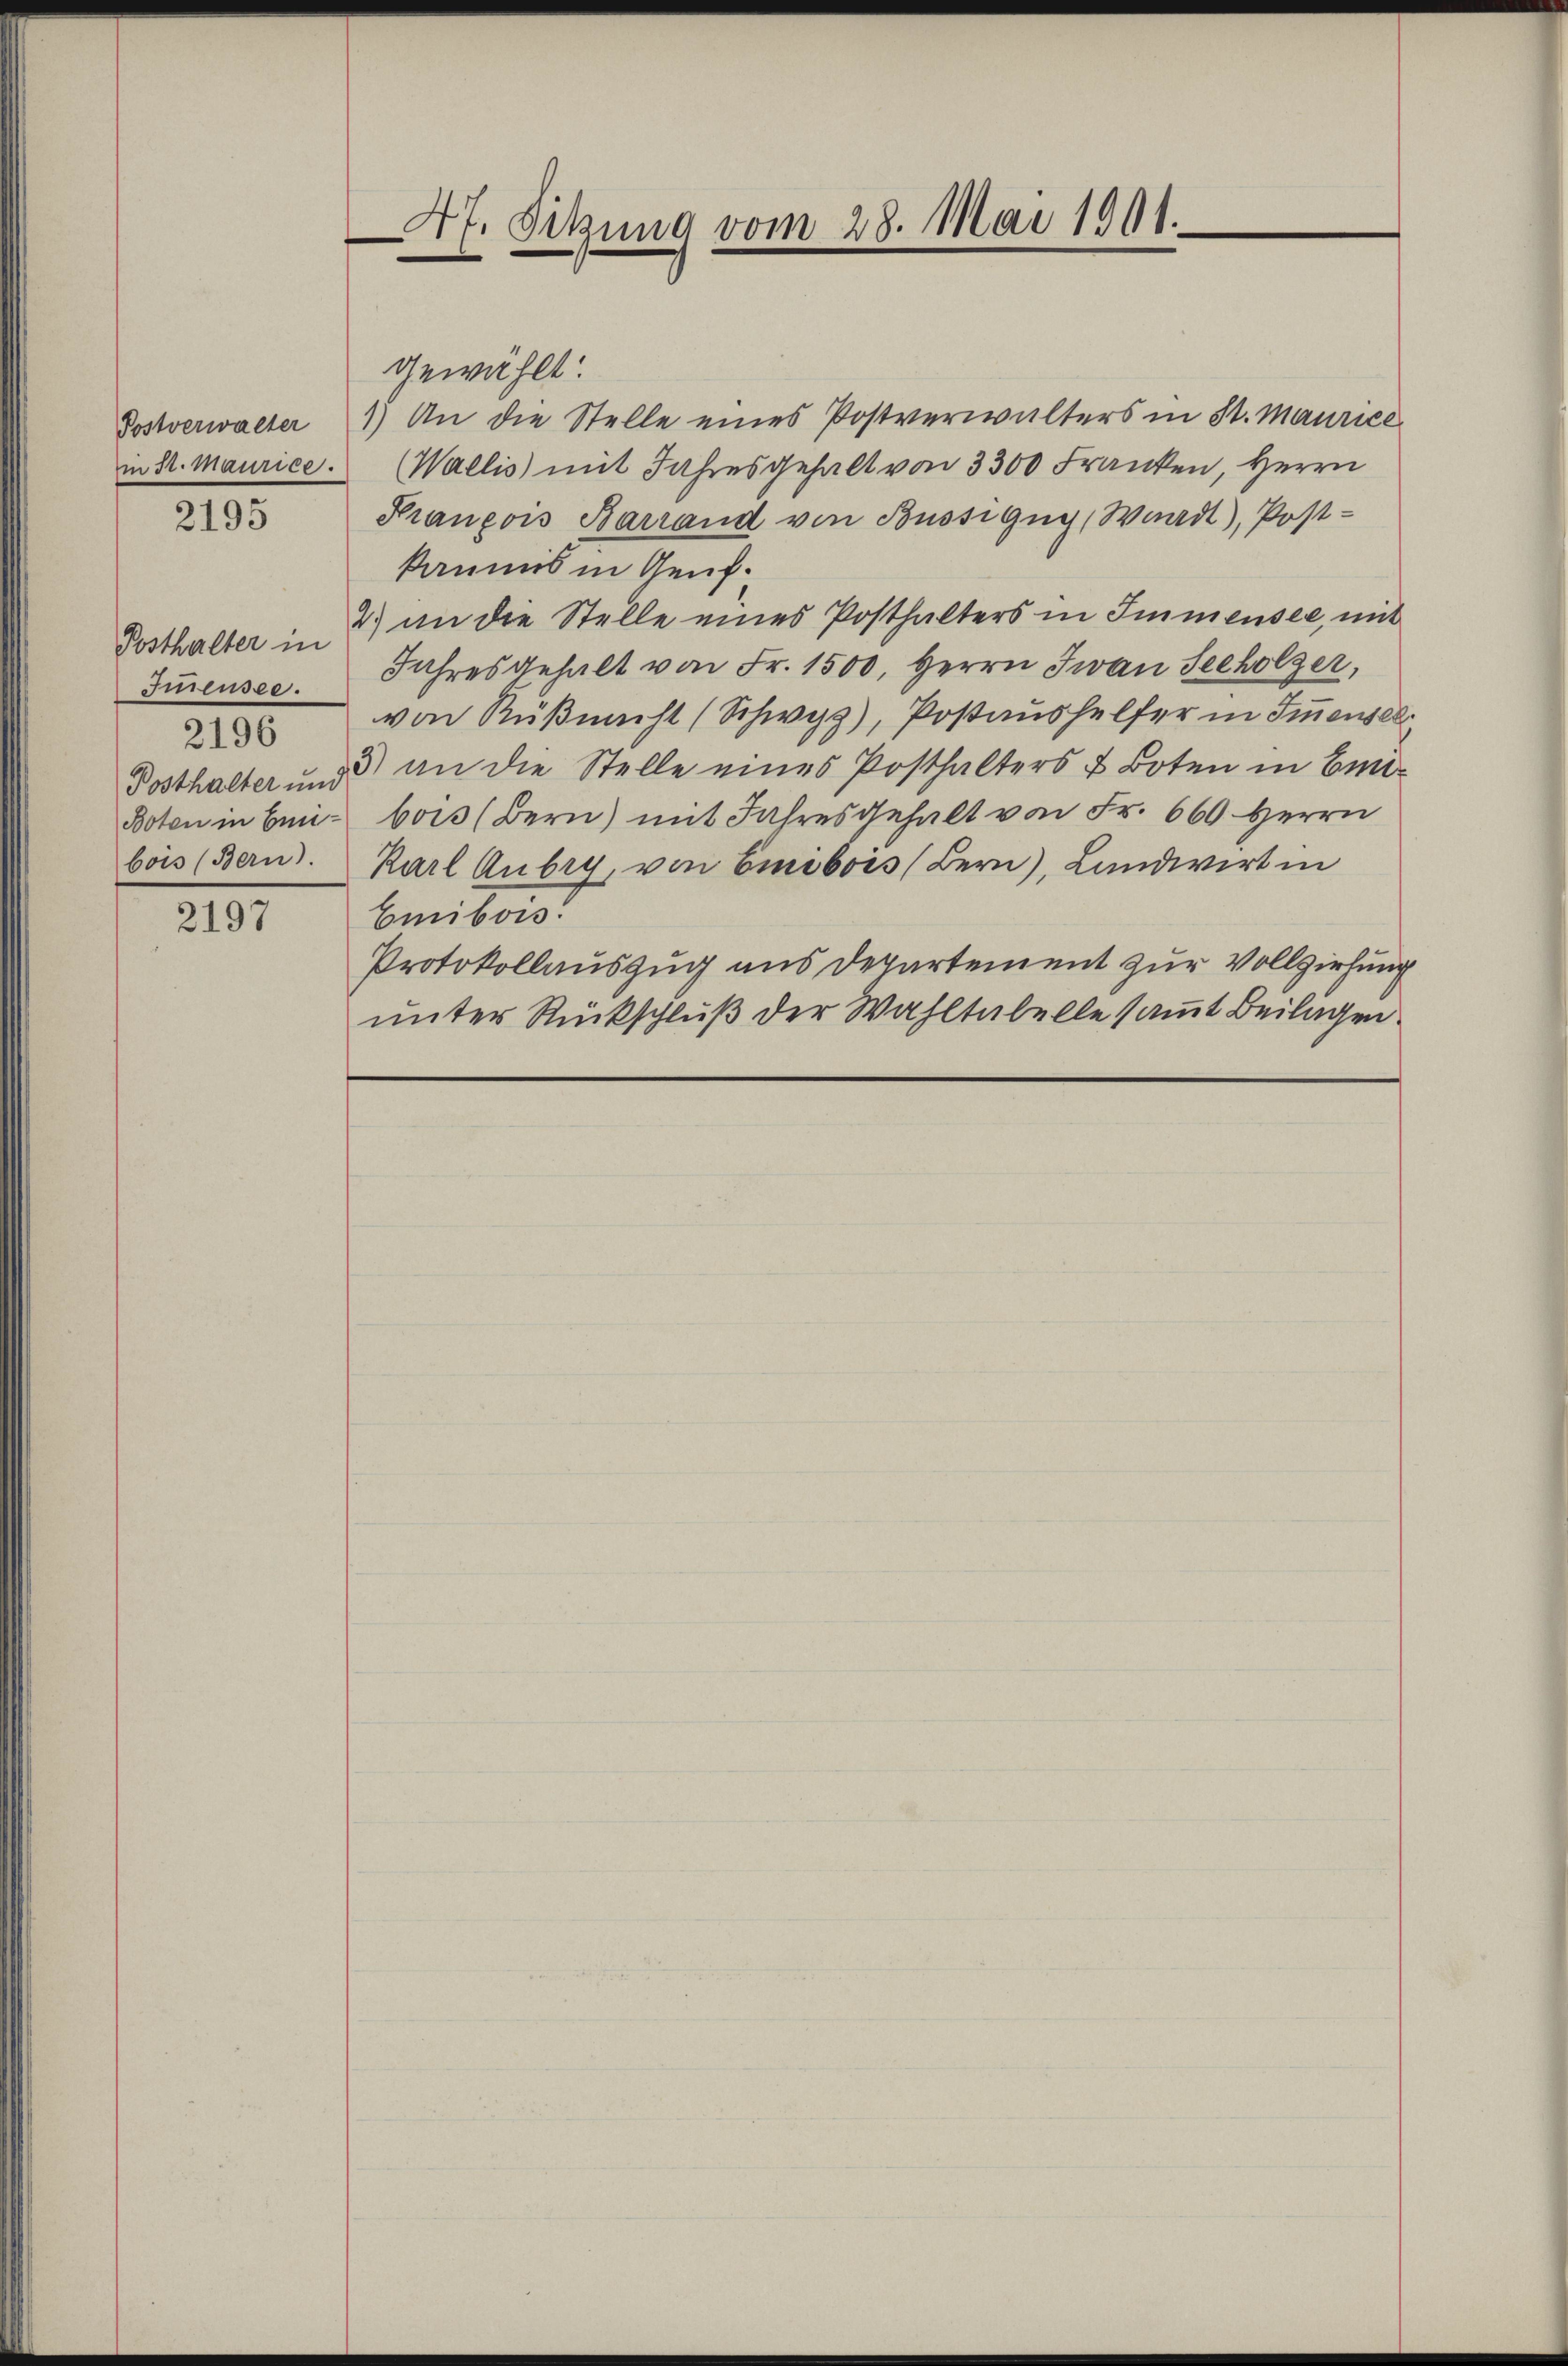
Postverwalter
in St. Maurice.
2195

Posthalter in
Suensee.
2196
Posthalter und
Boten in Einbois (Bern).

2197

47. Sekung vom 28. Mai 1901.

gewählt:
1) An die Stelle eines Postverwalters in St. Maurice
(Wallis mit Jahresgehalt von 3300 Franken, Herrn
François Barrand von Büssigny, Waadt, Post-
kaunis in Genf.
2) an die Stelle eines Posthalters in Immensee, mit
Jahres gehalt von Fr. 1500, Herrn Jwan Secholzer,
von Rußmacht (Schwyz), Postaushelfer in Immensel
5) an die Stelle eines Posthalters & Boten in Ein-
bois (Bern) mit Jahresgehalt von Fr. 660. Herrn
Karl Aubry, von Emibois (Bern), Landwirt in
Emibois.
Protokollauszug aus Departement zur Vollziehung
unter Rückschluß der Wahltabelle samt Beilagen